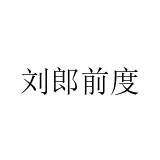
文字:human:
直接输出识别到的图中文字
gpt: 刘郎前度